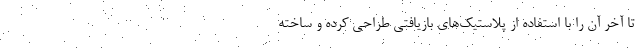
تا آخر آن را با استفاده از پلاستیک‌های بازیافتی طراحی کرده و ساخته